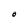
Character: O